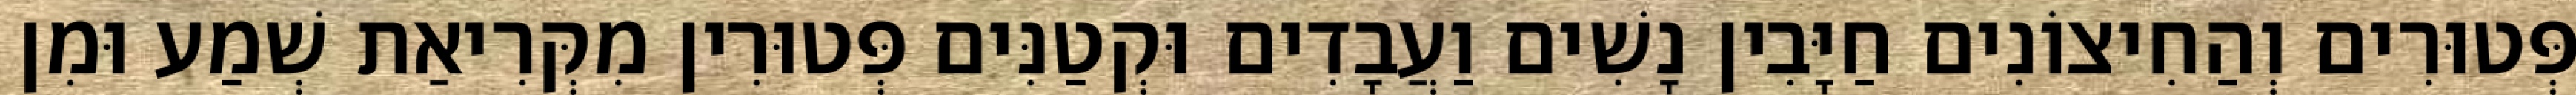
פְּטוּרִים וְהַחִיצוֹנִים חַיָּבִין נָשִׁים וַעֲבָדִים וּקְטַנִּים פְּטוּרִין מִקְּרִיאַת שְׁמַע וּמִן